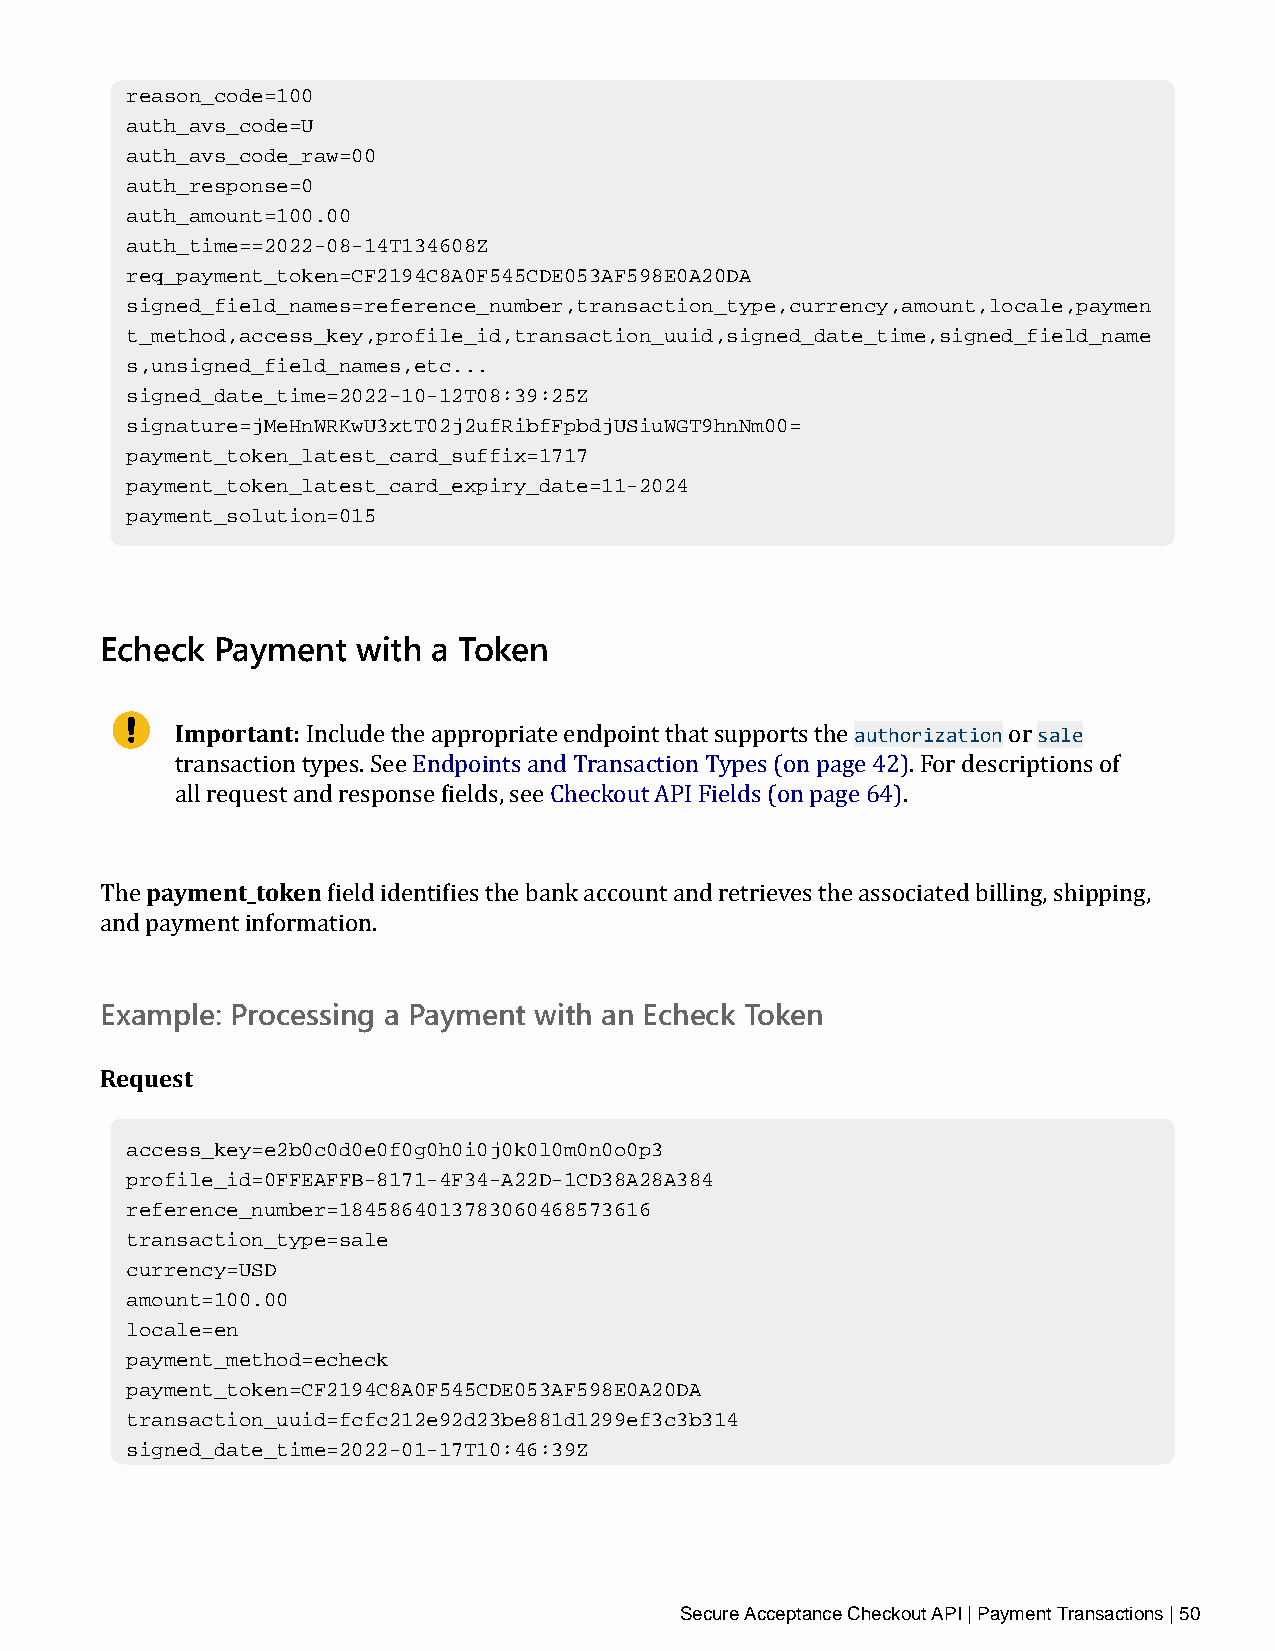
reason_code=100
 auth_avs_code=U
 auth_avs_code_raw=00
 auth_response=0
 auth_amount=100.00
 auth_time==2022-08-14T134608Z
 req_payment_token=CF2194C8A0F545CDE053AF598E0A20DA
 signed_field_names=reference_number,transaction_type,currency,amount,locale,paymen
 t_method,access_key,profile_id,transaction_uuid,signed_date_time,signed_field_name
 s,unsigned_field_names,etc...
 signed_date_time=2022-10-12T08:39:25Z
 signature=jMeHnWRKwU3xtT02j2ufRibfFpbdjUSiuWGT9hnNm00=
 payment_token_latest_card_suffix=1717
 payment_token_latest_card_expiry_date=11-2024
 payment_solution=015
 Echeck Payment   with a Token
 Important:                                   authorization sale
 Include the appropriate endpoint that supports the or
 transaction types. See Endpoints and Transaction Types (on page 42). For descriptions of
 all request and response fields, see Checkout API Fields (on page 64).
 payment_token
 The            field identifies the bank account and retrieves the associated billing, shipping,
 and payment information.
 Example: Processing a Payment with an Echeck Token
 Request
 access_key=e2b0c0d0e0f0g0h0i0j0k0l0m0n0o0p3
 profile_id=0FFEAFFB-8171-4F34-A22D-1CD38A28A384
 reference_number=1845864013783060468573616
 transaction_type=sale
 currency=USD
 amount=100.00
 locale=en
 payment_method=echeck
 payment_token=CF2194C8A0F545CDE053AF598E0A20DA
 transaction_uuid=fcfc212e92d23be881d1299ef3c3b314
 signed_date_time=2022-01-17T10:46:39Z
 Secure Acceptance Checkout API | Payment Transactions | 50